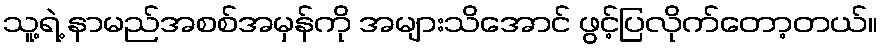
သူ့ရဲ့ နာမည်အစစ်အမှန်ကို အများသိအောင် ဖွင့်ပြလိုက်တော့တယ်။